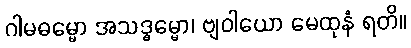
ဂါမဓမ္မော အသဒ္ဓမ္မော၊ ဗျဝါယော မေထုနံ ရတိ။